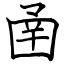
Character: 圅